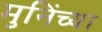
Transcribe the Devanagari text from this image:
मुनिंच्या